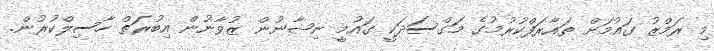
މި ރަމްޒު ގައުމަށް ތައާރަފްކުރުމުގެ މަގްސަދަކީ ގައުމީ ނިޝާނުން ޒުވާނުން އިބުރަތް ހާސިލްކުރުން.